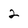
Character: 2